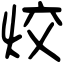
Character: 烄